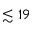
\lesssim 1 9